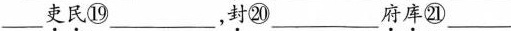
___\underset{·}{吏}\underset{·}{民}⑲___，\underset{·}{封}⑳___\underset{·}{府}\underset{·}{库}㉑___